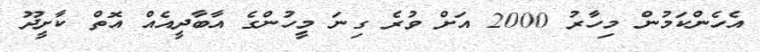
އެހެންކަމުން މިހާރު 2000 އަށް ވުރެ ގިނަ މީހުންގެ އާބާދީއެއް އޮތް ކާށީދޫ